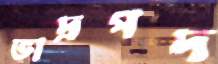
ভাদ্রপদ